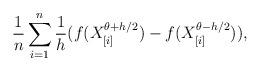
LaTeX: \begin{align*}\frac1n \sum_{i = 1}^n \frac1h (f(X^{\theta+h/2}_{[i]}) - f(X^{\theta-h/2}_{[i]})),\end{align*}